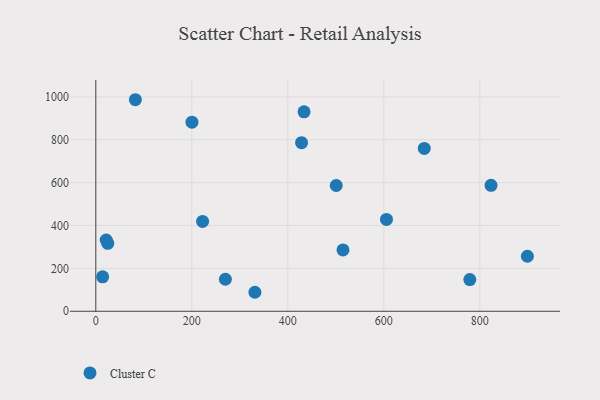
{"axis": {"x": "Study Hours", "y": "Rating"}, "legend": ["Cluster C"], "data": [{"x": "605.5", "y": 428.5, "type": "Cluster C"}, {"x": "222.4", "y": 418.9, "type": "Cluster C"}, {"x": "684.2", "y": 759.7, "type": "Cluster C"}, {"x": "200.3", "y": 881.8, "type": "Cluster C"}, {"x": "823.3", "y": 587.5, "type": "Cluster C"}, {"x": "779.1", "y": 147.6, "type": "Cluster C"}, {"x": "82.4", "y": 986.6, "type": "Cluster C"}, {"x": "14.2", "y": 160.5, "type": "Cluster C"}, {"x": "899.0", "y": 256.5, "type": "Cluster C"}, {"x": "21.6", "y": 332.1, "type": "Cluster C"}, {"x": "514.9", "y": 285.9, "type": "Cluster C"}, {"x": "500.8", "y": 586.5, "type": "Cluster C"}, {"x": "428.6", "y": 786.1, "type": "Cluster C"}, {"x": "269.9", "y": 149.4, "type": "Cluster C"}, {"x": "331.4", "y": 88.6, "type": "Cluster C"}, {"x": "433.8", "y": 930.3, "type": "Cluster C"}, {"x": "24.9", "y": 316.7, "type": "Cluster C"}]}